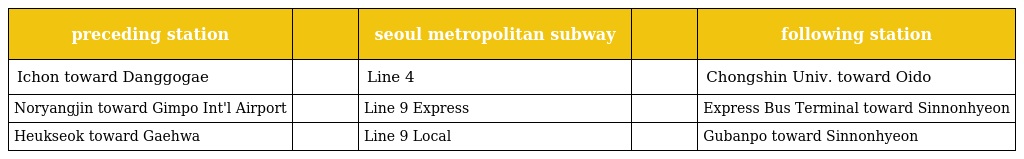
| preceding station |  | seoul metropolitan subway |  | following station |
 | --- | --- | --- | --- | --- |
 | Ichon toward Danggogae |  | Line 4 |  | Chongshin Univ. toward Oido |
 | Noryangjin toward Gimpo Int'l Airport |  | Line 9 Express |  | Express Bus Terminal toward Sinnonhyeon |
 | Heukseok toward Gaehwa |  | Line 9 Local |  | Gubanpo toward Sinnonhyeon |